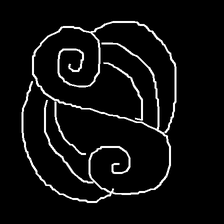
Glyph: wind-underfoot